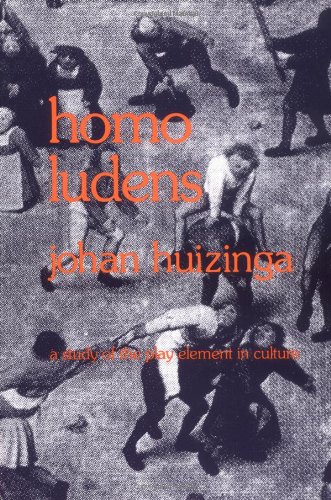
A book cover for Homo Ludens: A Study of the Play-Element in Culture; Johan Huizinga; Computers & Technology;